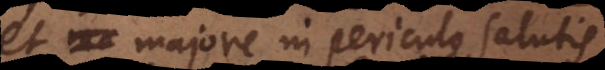
et majore in periculo salutis